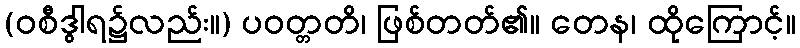
(ဝစီဒွါရ၌လည်း။) ပဝတ္တတိ၊ ဖြစ်တတ်၏။ တေန၊ ထိုကြောင့်။